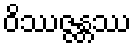
ဝိဿဇ္ဇန္တဿ